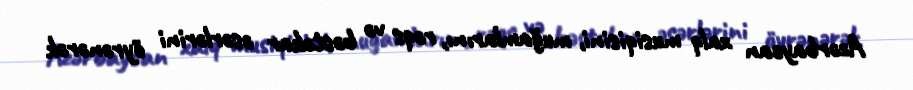
Azərbaycan xalq musiqisini, muğamlarını, rəqs və bəstəkar əsərlərini öyrənərək